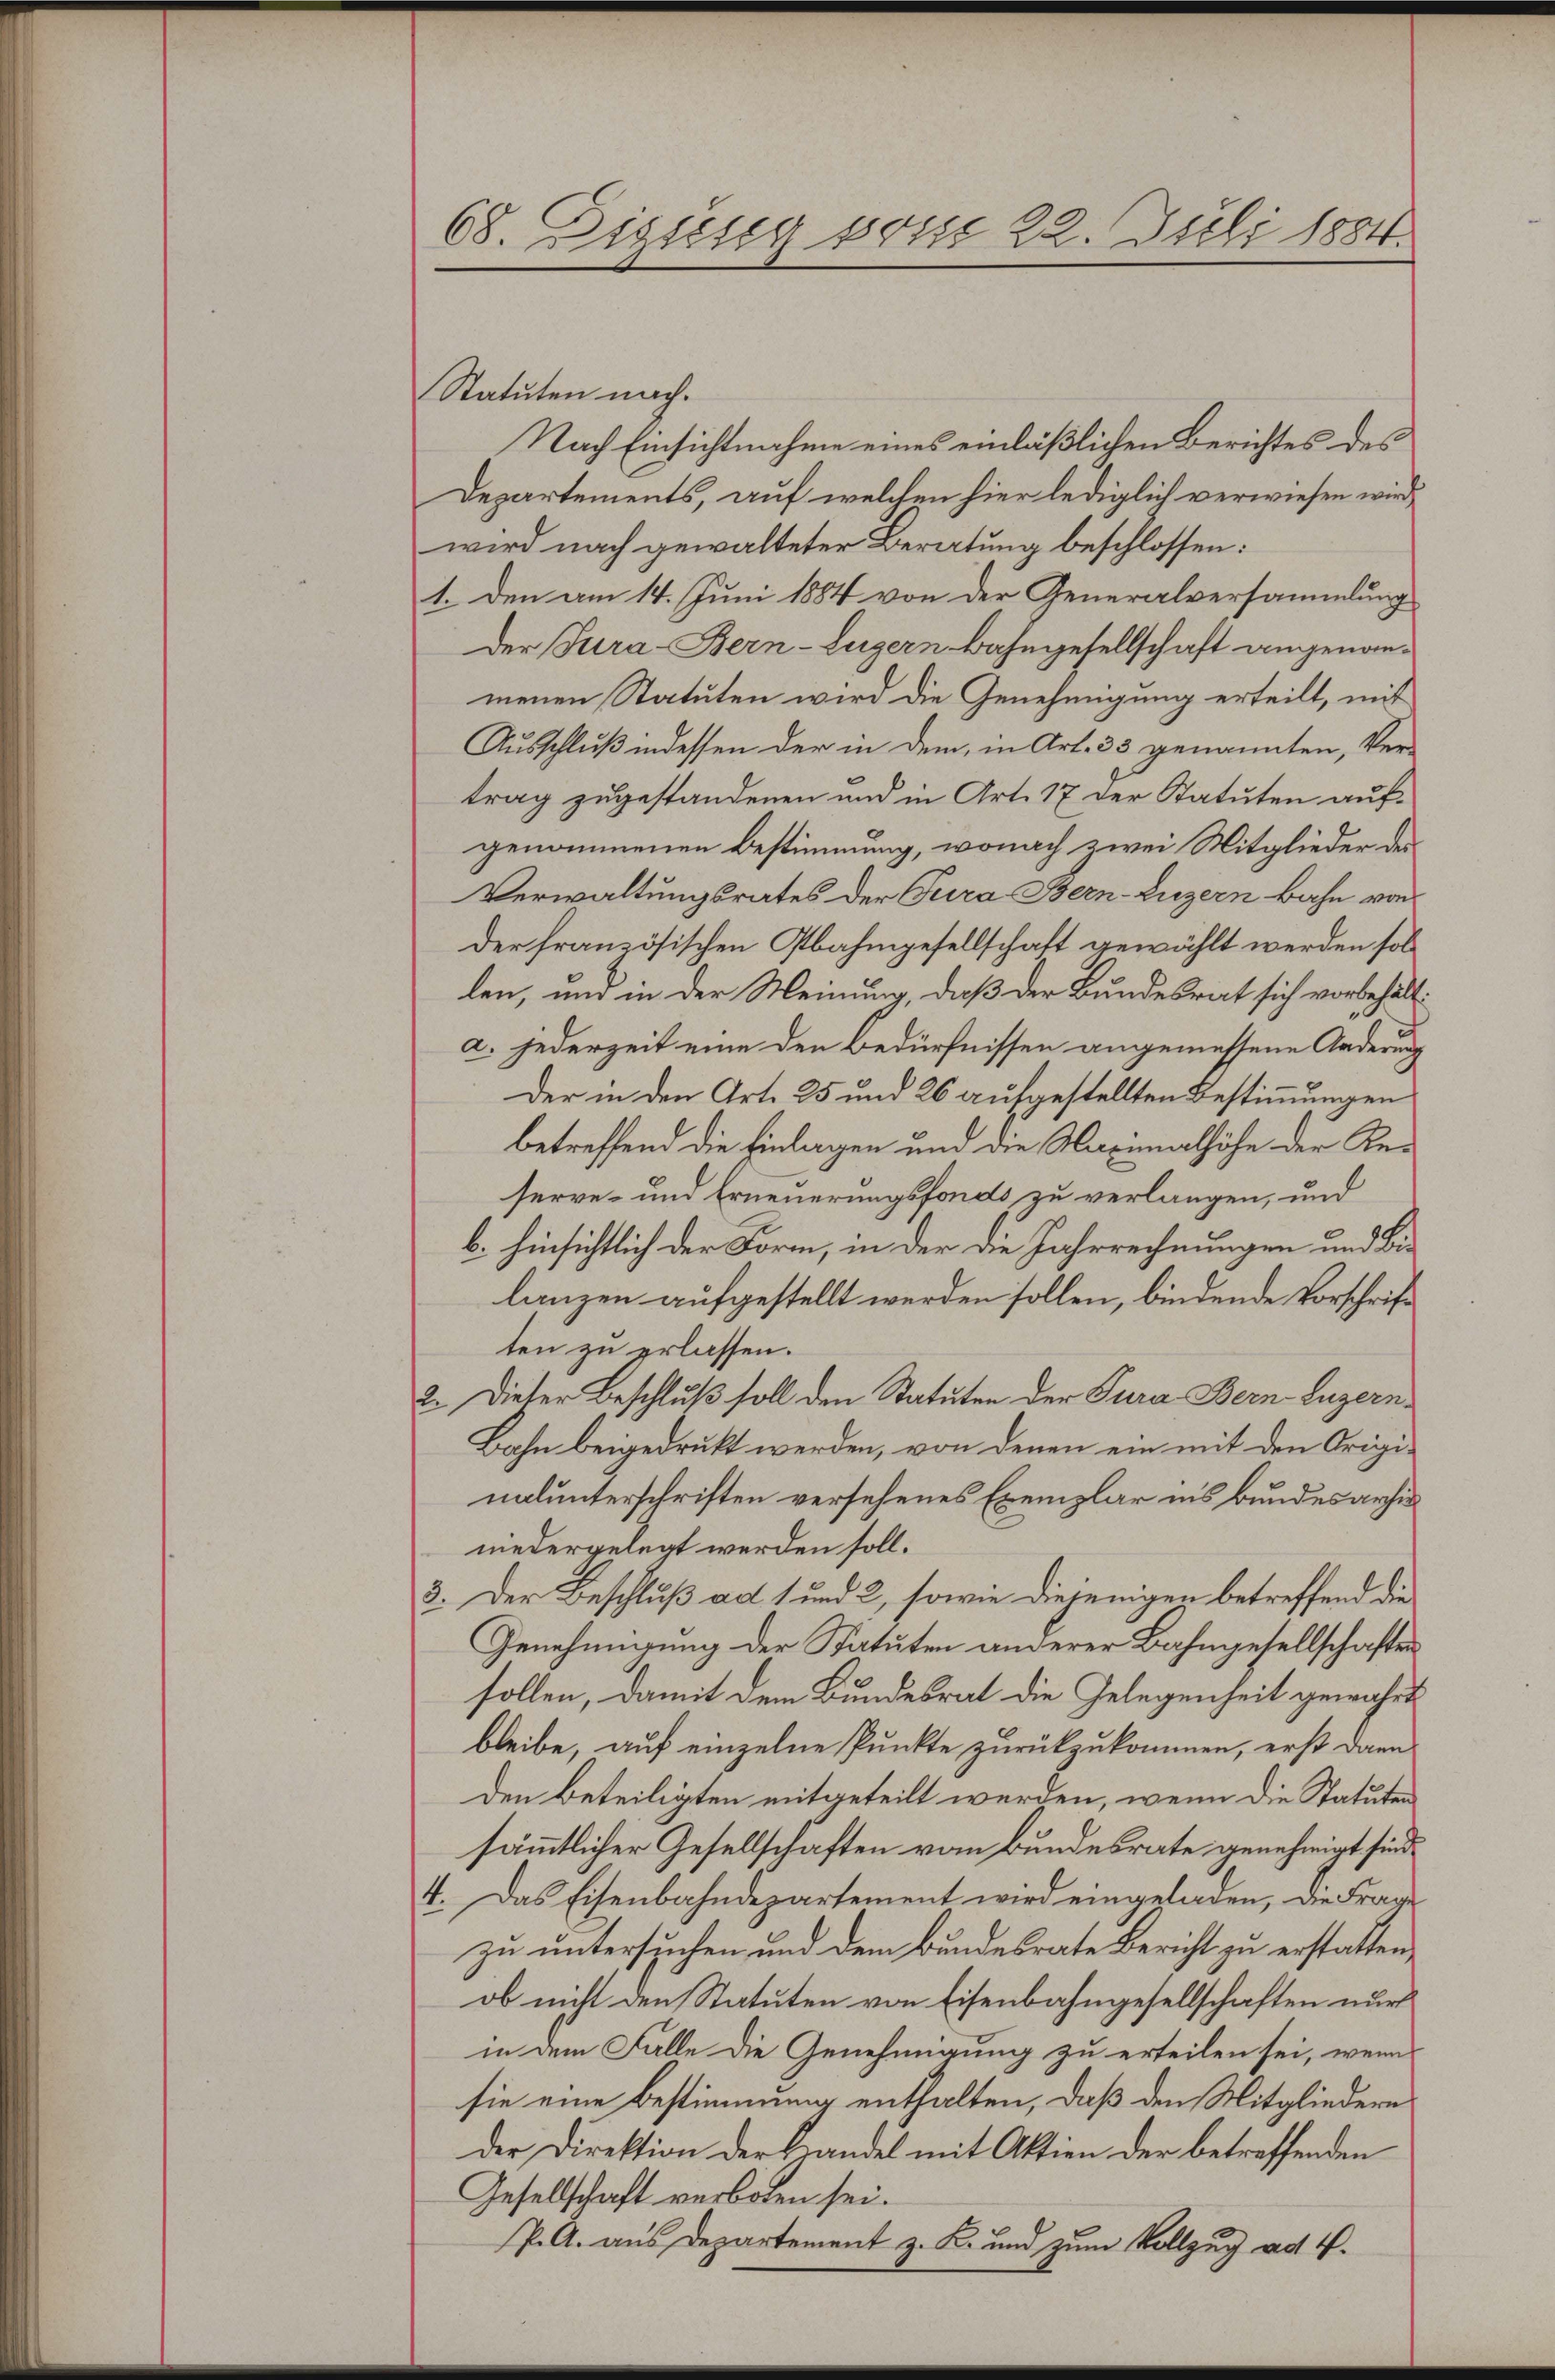
68. Digung sonst 22. Juli 1884.

Statuten nach.
Nach Einsichtnahme eines einläßlichen Berichtes des
Departements, auf welchen hier lediglich verwiesen wird,
wird nach gewalteter Beratung beschlossen:
1. Den am 14. Juni 1884 von der Generalversammlung
Der Jura-Bern-Lugern Bahngesellschaft angenommenen Statuten wird die Genehmigung erteilt, mit
Ausschluß indessen der in dem, in Art. 33 genannten, Ver-
trag zugestandenen und in Art. 17 der Statuten aufgenommenen Bestimmung, wonach zwei Mitglieder des
Verwaltungsrates der Tura Bern-Luzern Bahn von
der französischen Plahmgesellschaft gewählt werden sollen, und in der Meinung, daß der Bundesrat sich vorbehälta. jederzeit eine den Bedürfnissen angemessene Änderung
Der in den Art. 25 und 26 aufgestellten Bestimmungen
betreffend die Einlagen und die Maximalhöhe der Reserve- und Erneuerungsfonds zu verlangen, und
b. hinsichtlich der Form, in der die Jahrrechnungen und Bis
lanzen aufgestellt werden sollen, bindende Vorschrift
ten zu erlassen.
2. Dieser Beschluß soll den Statuten der Tura Bern Luzern,
Bahn beigedruckt werden, von denen ein mit den Originalunterschriften versehenes Exemplar ins Bundes arhis
niedergelegt werden soll.
3. Der Beschluß ad 1 und 2, sowie diejenigen betreffend die
Genehmigung der Statuten anderer Bahngesellschaften
sollen, damit dem Bundesrat die Gelegenheit gewährt
bleibe, auf einzelne Punkte zurückzukommen, erst dann
den Beteiligten mitgeteilt werden, wenn die Statuten
sämmtlicher Gesellschaften vom Bundesrate genehmigt sind.
4. Das Eisenbahndepartement wird eingeladen, die Frage
zu untersuchen, und dem Bundesrate Bericht zu erstatten,
ob nicht den Statuten von Eisenbahngesellschaften nur
in dem Falle die Genehmigung zu erteilen sei, wenn
sie eine Bestimmung enthalten, daß den Mitgliedern
der Direktion der Handel mit Aktien der betreffenden
Gesellschaft verboten sei.
P. A. aus Departement z. K. und zum Vollzug ad 4.